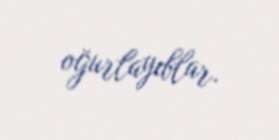
oğurlayıblar.